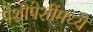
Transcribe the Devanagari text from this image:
पेशीपेशींमध्ये